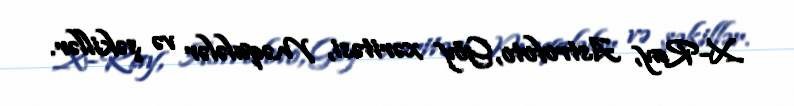
X-Ray, Astrofoto, Göy xəritəsi, Məqalələr və şəkillər.